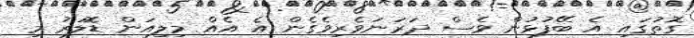
ގޮތުގައި އެ ބޭފުޅުން ވެސް ދަރަނަވެރިވެގެން އެ އެއް މިލިއަން ޑޮލަރު މި